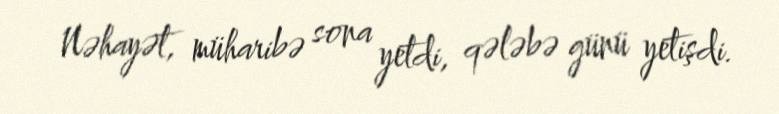
Nəhayət, müharibə sona yetdi, qələbə günü yetişdi.